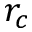
r _ { c }